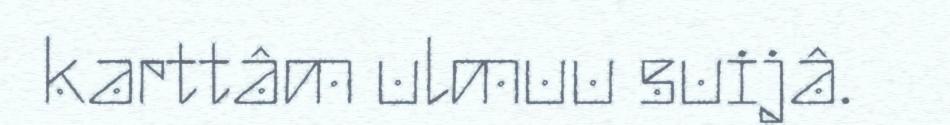
karttâm ulmuu suijâ.